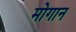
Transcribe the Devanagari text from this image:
मोगान